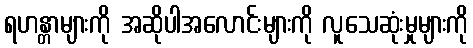
ရဟန္တာများကို အဆိုပါအလောင်းများကို လူသေဆုံးမှုများကို